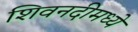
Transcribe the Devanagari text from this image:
शिवनदीमध्ये